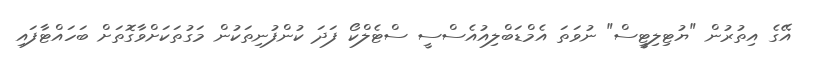
އޭގެ އިތުރުން "ޔުޓިލިޓީސް" ނުވަތަ އެމްޑަބްލިއުއެސްސީ ސްޓެލްކޯ ފަދަ ކުންފުނިތަކުން މަގުތަކަށްވާގޮތަށް ބަހައްޓާފައި